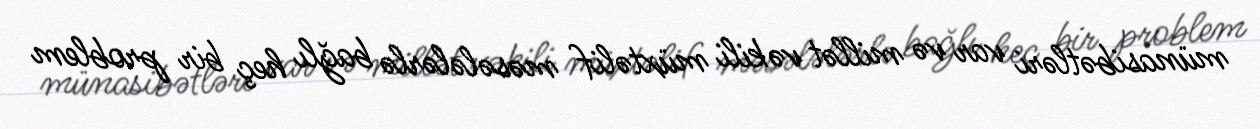
münasibətləri var və millət vəkili müxtəlif məsələlərlə bağlı heç bir problem